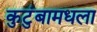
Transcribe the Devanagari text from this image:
कुटुंबामधला